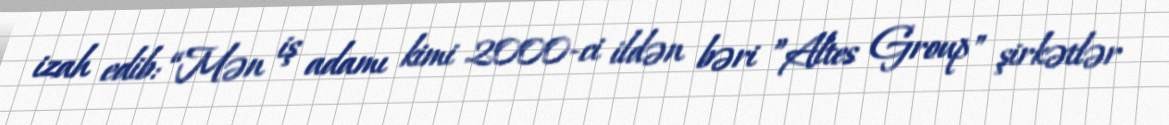
izah edib: “Mən iş adamı kimi 2000-ci ildən bəri ”Altes Group" şirkətlər